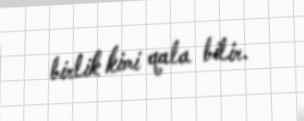
birlik kimi qala bilir.